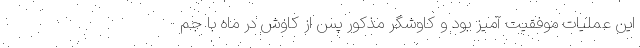
این عملیات موفقیت آمیز بود و کاوشگر مذکور پس از کاوش در ماه با جم